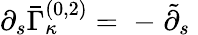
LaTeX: \partial_{s}\bar{\Gamma}_{\kappa}^{(0,2)}=\; -\; \tilde{\partial}_{s}\;